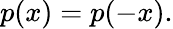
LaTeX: p(x)=p(-x).